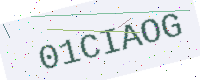
Text: 01CIAOG